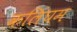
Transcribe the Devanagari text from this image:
कलिंघम